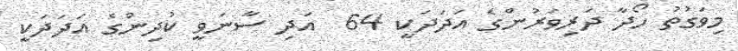
މިވަގުތު ހޯދާ ދަރިވަރުންގެ އަދަދަކީ 64  އަދި ސާނަވީ ކުދިންގެ އަދަދަކީ